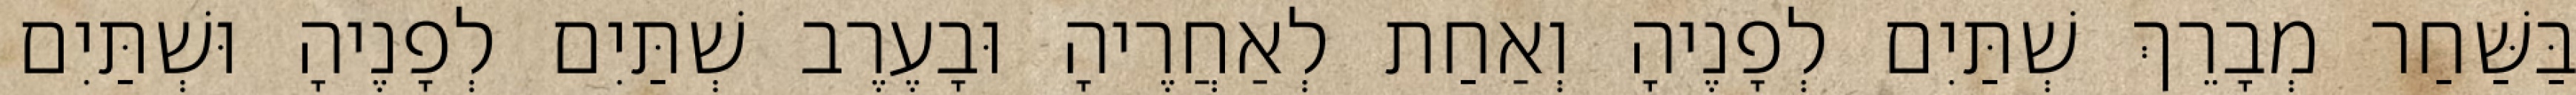
בַּשַּׁחַר מְבָרֵךְ שְׁתַּיִם לְפָנֶיהָ וְאַחַת לְאַחֲרֶיהָ וּבָעֶרֶב שְׁתַּיִם לְפָנֶיהָ וּשְׁתַּיִם